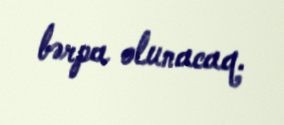
bərpa olunacaq.